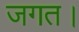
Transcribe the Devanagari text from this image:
जगत।